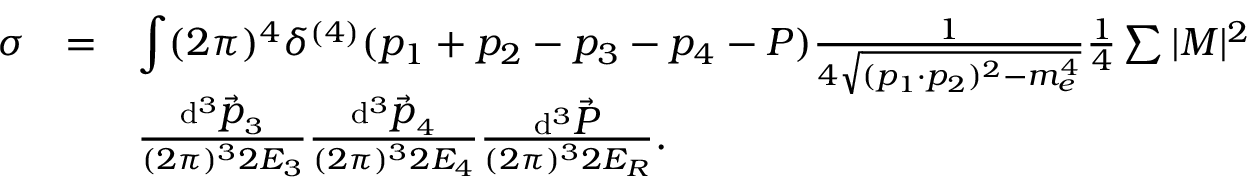
\begin{array} { l c l } { { \sigma } } & { { = } } & { { { \displaystyle \int } ( 2 \pi ) ^ { 4 } \delta ^ { ( 4 ) } ( p _ { 1 } + p _ { 2 } - p _ { 3 } - p _ { 4 } - P ) \frac { 1 } { 4 \sqrt { ( p _ { 1 } \cdot p _ { 2 } ) ^ { 2 } - m _ { e } ^ { 4 } } } \frac { 1 } { 4 } \sum | { \cal M } | ^ { 2 } } } \\ { { } } & { { } } & { { \frac { \mathrm { d } ^ { 3 } \vec { { \displaystyle p } } _ { 3 } } { ( 2 \pi ) ^ { 3 } 2 E _ { 3 } } \frac { \mathrm { d } ^ { 3 } \vec { { \displaystyle p } } _ { 4 } } { ( 2 \pi ) ^ { 3 } 2 E _ { 4 } } \frac { \mathrm { d } ^ { 3 } \vec { { \displaystyle P } } } { ( 2 \pi ) ^ { 3 } 2 E _ { R } } . } } \end{array}